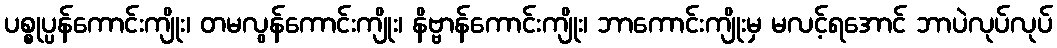
ပစ္စုပ္ပန်ကောင်းကျိုး၊ တမလွန်ကောင်းကျိုး၊ နိဗ္ဗာန်ကောင်းကျိုး၊ ဘာကောင်းကျိုးမှ မလင့်ရအောင် ဘာပဲလုပ်လုပ်